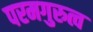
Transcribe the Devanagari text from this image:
परमगुरुत्व